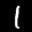
Label: 1